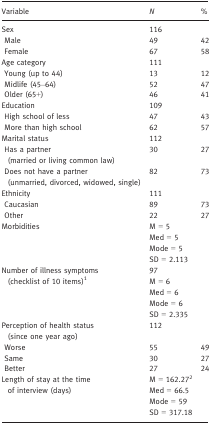
<table><thead><tr><td><b>Variable</b></td><td><b><i>N</i></b></td><td><b>%</b></td></tr></thead><tbody><tr><td>Sex</td><td>116</td><td></td></tr><tr><td> Male</td><td>49</td><td>42</td></tr><tr><td> Female</td><td>67</td><td>58</td></tr><tr><td>Age category</td><td>111</td><td></td></tr><tr><td> Young (up to 44)</td><td>13</td><td>12</td></tr><tr><td> Midlife (45–64)</td><td>52</td><td>47</td></tr><tr><td> Older (65+)</td><td>46</td><td>41</td></tr><tr><td>Education</td><td>109</td><td></td></tr><tr><td> High school of less</td><td>47</td><td>43</td></tr><tr><td> More than high school</td><td>62</td><td>57</td></tr><tr><td>Marital status</td><td>112</td><td></td></tr><tr><td> Has a partner (married or living common law)</td><td>30</td><td>27</td></tr><tr><td> Does not have a partner (unmarried, divorced, widowed, single)</td><td>82</td><td>73</td></tr><tr><td>Ethnicity</td><td>111</td><td></td></tr><tr><td><b> </b>Caucasian</td><td>89</td><td>73</td></tr><tr><td> Other</td><td>22</td><td>27</td></tr><tr><td rowspan="4">Morbidities</td><td>M = 5</td><td></td></tr><tr><td>Med = 5</td><td></td></tr><tr><td>Mode = 5</td><td></td></tr><tr><td>SD = 2.113</td><td></td></tr><tr><td rowspan="5">Number of illness symptoms (checklist of 10 items)a</td><td>97</td><td></td></tr><tr><td>M = 6</td><td></td></tr><tr><td>Med = 6</td><td></td></tr><tr><td>Mode = 6</td><td></td></tr><tr><td>SD = 2.335</td><td></td></tr><tr><td>Perception of health status (since one year ago)</td><td>112</td><td></td></tr><tr><td> Worse</td><td>55</td><td>49</td></tr><tr><td> Same</td><td>30</td><td>27</td></tr><tr><td> Better</td><td>27</td><td>24</td></tr><tr><td rowspan="4">Length of stay at the time of interview (days)</td><td>M = 162.27b</td><td></td></tr><tr><td>Med = 66.5</td><td></td></tr><tr><td>Mode = 59</td><td></td></tr><tr><td>SD = 317.18</td><td></td></tr></tbody></table>